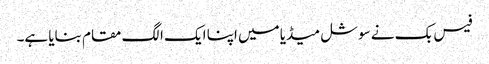
فیس بک نے سوشل میڈیا میں اپنا ایک الگ مقام بنایا ہے۔